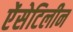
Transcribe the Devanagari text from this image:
ऐंसेटिलीन